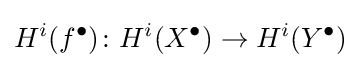
H^{i}(f^{\bullet })\colon H^{i}(X^{\bullet })\to H^{i}(Y^{\bullet })